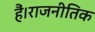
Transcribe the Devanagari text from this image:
हैं।राजनीतिक